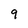
Character: 9